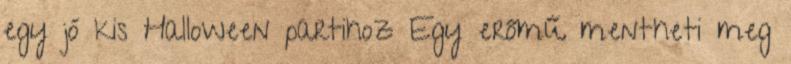
egy jó kis Halloween partihoz Egy erőmű mentheti meg